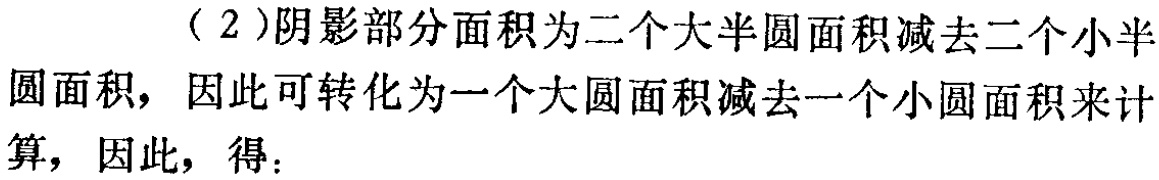
（2）阴影部分面积为二个大半圆面积减去二个小半圆面积，因此可转化为一个大圆面积减去一个小圆面积来计算，因此，得：